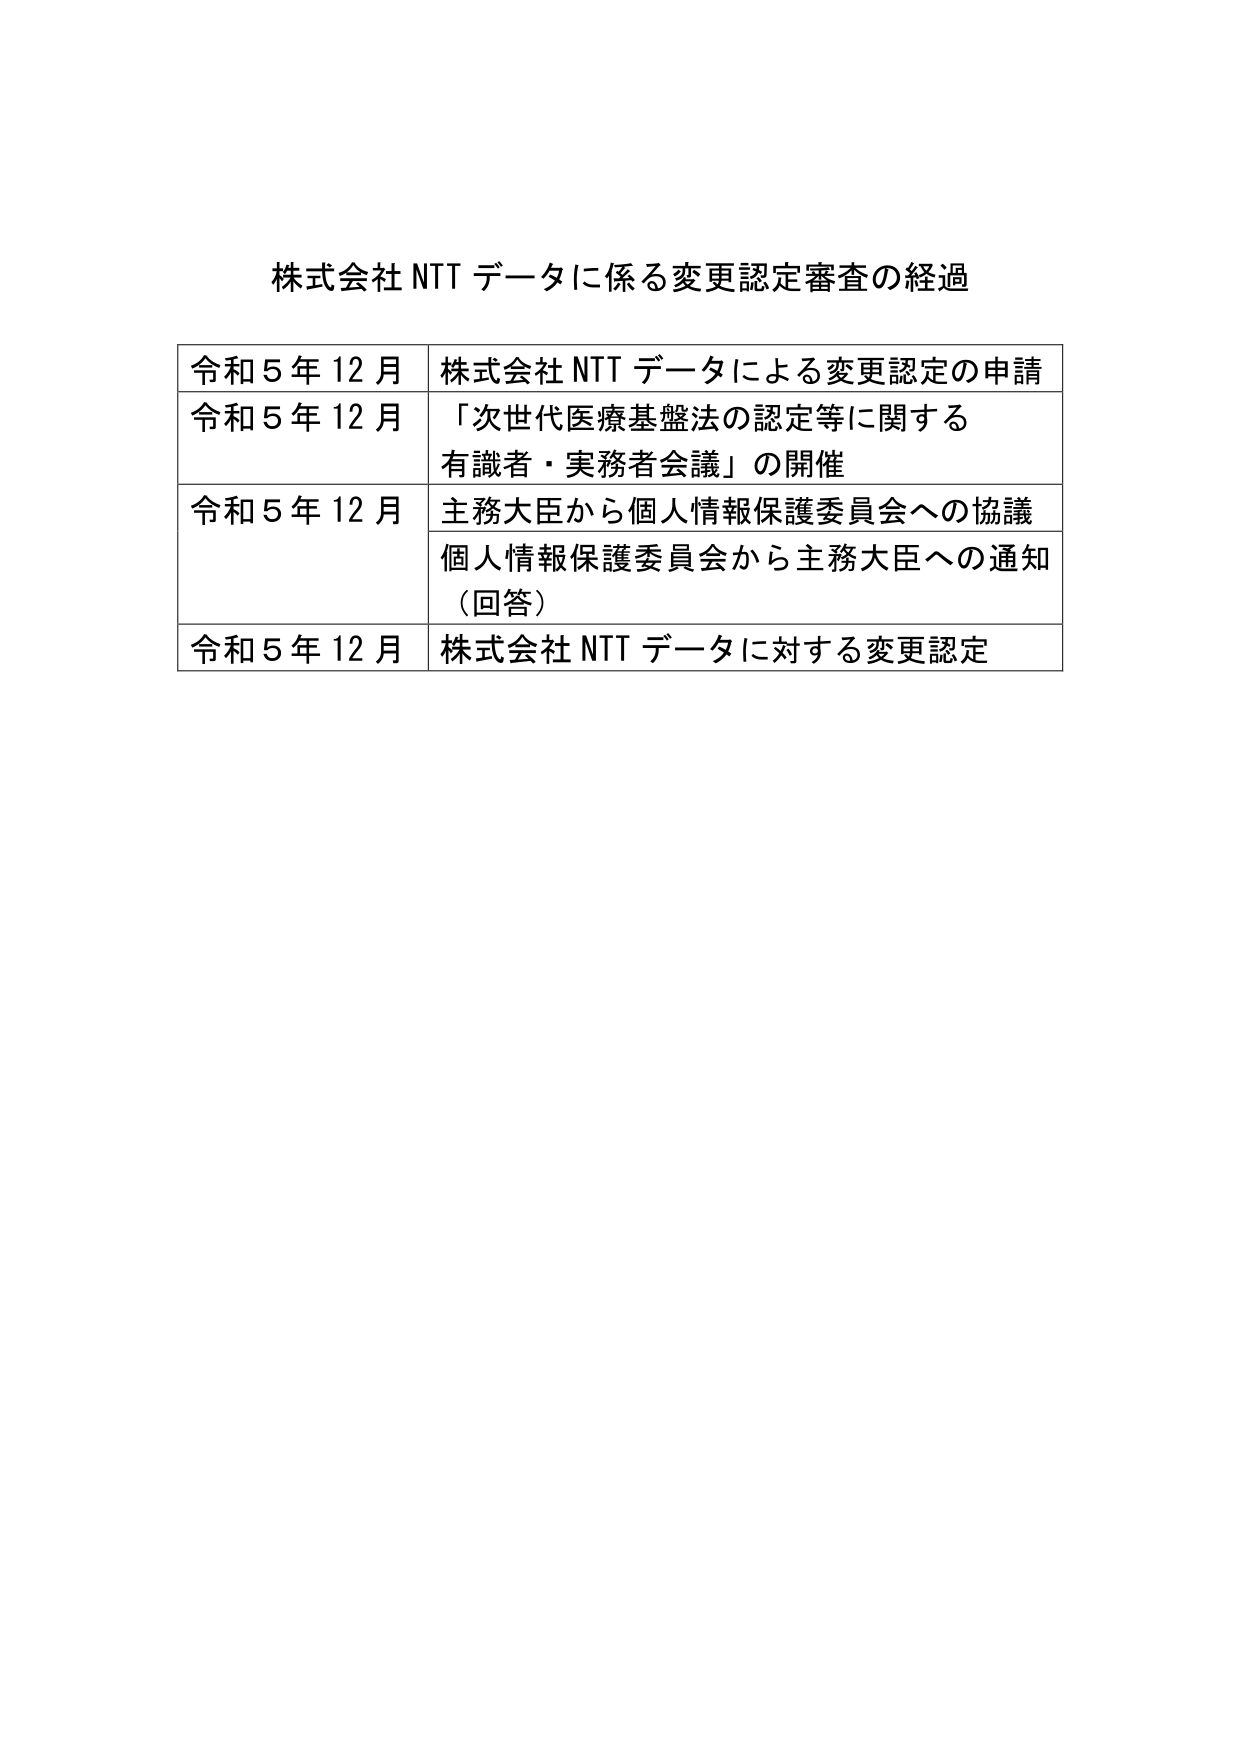
株式会社 NTT データに係る変更認定審査の経過

令和５年１２月　株式会社 NTT データによる変更認定の申請
令和５年１２月　「次世代医療基盤法の認定等に関する
　　　　　　　　有識者・実務者会議」の開催
令和５年１２月　主務大臣から個人情報保護委員会への協議
　　　　　　　　個人情報保護委員会から主務大臣への通知
　　　　　　　　（回答）
令和５年１２月　株式会社 NTT データに対する変更認定